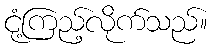
ငုံ့ကြည့်လိုက်သည်။